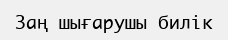
Заң шығарушы билік